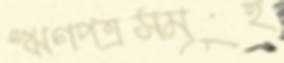
ঋণপত্রসমূহ